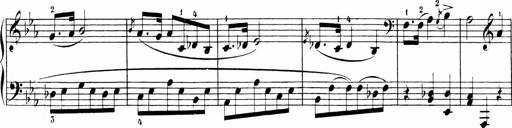
Title: 6 Sonatinas
Composer: Carl Reinecke